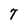
Character: 7